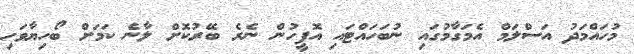
މުހައްމަދު އަސްލަމް އެމަގާމުގައި ނުބަހައްޓައި އޮފީހުން ނެރެ ބޭރުކޮށް ލާނެ ކަމަށް ބޯހިޔާވަހި